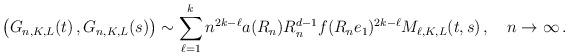
LaTeX: \begin{align*} &\bigl( G_{n,K,L}(t)\,, G_{n,K,L}(s) \bigr) \sim \sum_{\ell=1}^k n^{2k-\ell} a(R_n)R_n^{d-1} f(R_ne_1)^{2k-\ell} M_{\ell, K, L}(t,s)\,, \ \ \ n \to \infty\,. \end{align*}